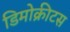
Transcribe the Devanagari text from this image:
डिमोक्रीटस